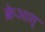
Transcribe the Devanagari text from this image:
क्रेआस्